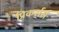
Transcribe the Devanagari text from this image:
प्रिकर्सर्स